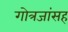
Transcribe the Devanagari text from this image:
गोत्रजांसह